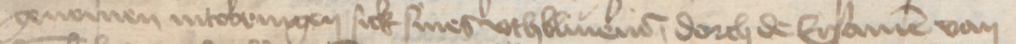
genomen intobringen sick siner vthbliuener, dorch de Ersamen van